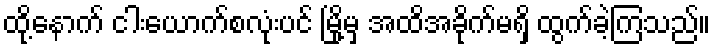
ထို့နောက် ငါးယောက်စလုံးပင် မြို့မှ အထိအခိုက်မရှိ ထွက်ခဲ့ကြသည်။